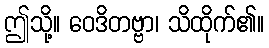
ဤသို့။ ဝေဒိတဗ္ဗာ၊ သိထိုက်၏။